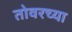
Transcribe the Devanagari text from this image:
तोवरच्या